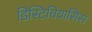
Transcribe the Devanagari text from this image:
डिस्टिचियासिस